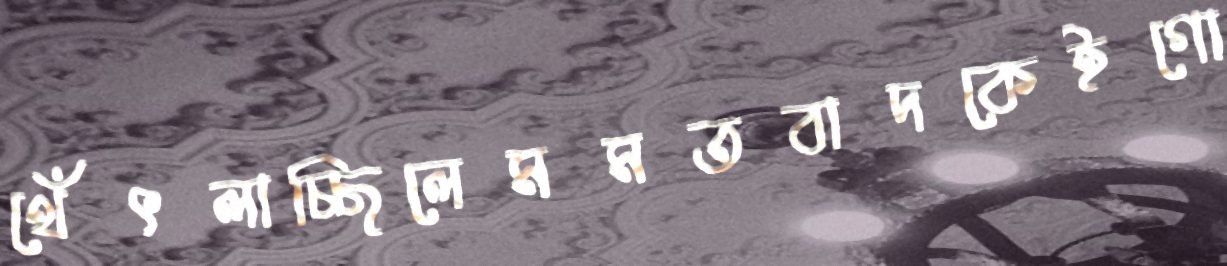
থেঁৎলাচ্ছিলেমমতবাদকেইগো